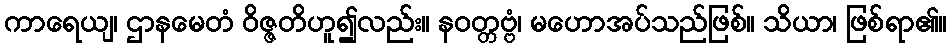
ကာရေယျ၊ ဌာနမေတံ ဝိဇ္ဇတိဟူ၍လည်း။ နဝတ္တဗ္ဗံ၊ မဟောအပ်သည်ဖြစ်။ သိယာ၊ ဖြစ်ရာ၏။